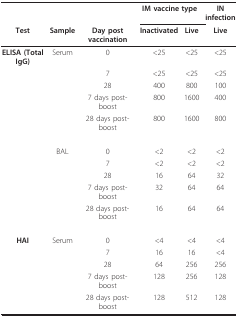
<table><thead><tr><td></td><td></td><td></td><td colspan="2"><b>IM vaccine type</b></td><td><b>IN infection</b></td></tr><tr><td><b>Test</b></td><td><b>Sample</b></td><td><b>Day post vaccination</b></td><td><b>Inactivated</b></td><td><b>Live</b></td><td><b>Live</b></td></tr></thead><tbody><tr><td><b>ELISA (Total IgG)</b></td><td>Serum</td><td>0</td><td>&lt;25</td><td>&lt;25</td><td>&lt;25</td></tr><tr><td></td><td></td><td>7</td><td>&lt;25</td><td>&lt;25</td><td>&lt;25</td></tr><tr><td></td><td></td><td>28</td><td>400</td><td>800</td><td>100</td></tr><tr><td></td><td></td><td>7 days post-boost</td><td>800</td><td>1600</td><td>400</td></tr><tr><td></td><td></td><td>28 days post-boost</td><td>800</td><td>1600</td><td>800</td></tr><tr><td></td><td>BAL</td><td>0</td><td>&lt;2</td><td>&lt;2</td><td>&lt;2</td></tr><tr><td></td><td></td><td>7</td><td>&lt;2</td><td>&lt;2</td><td>&lt;2</td></tr><tr><td></td><td></td><td>28</td><td>16</td><td>64</td><td>32</td></tr><tr><td></td><td></td><td>7 days post-boost</td><td>32</td><td>64</td><td>64</td></tr><tr><td></td><td></td><td>28 days post-boost</td><td>16</td><td>64</td><td>64</td></tr><tr><td><b>HAI</b></td><td>Serum</td><td>0</td><td>&lt;4</td><td>&lt;4</td><td>&lt;4</td></tr><tr><td></td><td></td><td>7</td><td>16</td><td>16</td><td>&lt;4</td></tr><tr><td></td><td></td><td>28</td><td>64</td><td>256</td><td>256</td></tr><tr><td></td><td></td><td>7 days post-boost</td><td>128</td><td>256</td><td>128</td></tr><tr><td></td><td></td><td>28 days post-boost</td><td>128</td><td>512</td><td>128</td></tr></tbody></table>